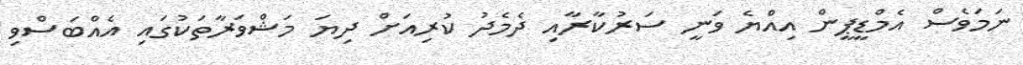
ނަމަވެސް އެމްޑީޕީން އިއްޔެ ވަނީ ސަރުކާރާއި ދެމެދު ކުރިއަށް ދިޔަ މަޝްވަރާތަކުގައި އެއްބަސްވި